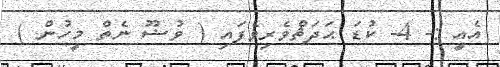
އެއީ :- 4- ކުޑަ ޙަދަޘްވެރިވެފައި ( ވުޟޫ ނެތް މީހުން )